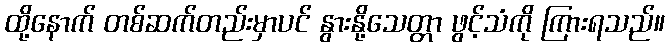
ထို့နောက် တစ်ဆက်တည်းမှာပင် နွားနို့သေတ္တာ ဖွင့်သံကို ကြားရသည်။